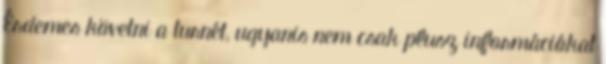
Érdemes követni a turnét, ugyanis nem csak plusz információkat